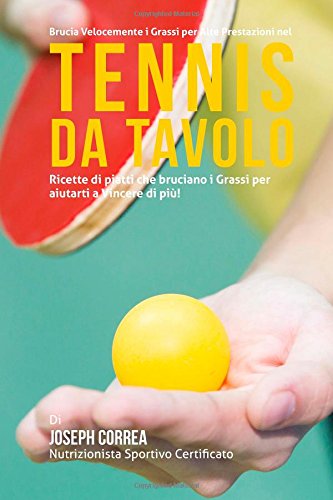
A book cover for Brucia Velocemente I Grassi per Alte Prestazioni nel Tennis da Tavolo: Ricette di piatti che bruciano I Grassi per aiutarti a Vincere di piu! (Italian Edition); Joseph Correa (Nutrizionista Sportivo Certificato); Sports & Outdoors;